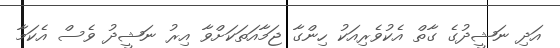
އަދި ނަޝީދުގެ ގާތް އެކުވެރިއަކު ހިންގާ ޖަމާއަތަކަށްވާ އިރު ނަޝީދު ވެސް އެކަމާ